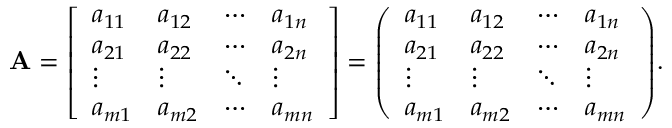
\mathbf { A } = { \left[ \begin{array} { l l l l } { a _ { 1 1 } } & { a _ { 1 2 } } & { \cdots } & { a _ { 1 n } } \\ { a _ { 2 1 } } & { a _ { 2 2 } } & { \cdots } & { a _ { 2 n } } \\ { \vdots } & { \vdots } & { \ddots } & { \vdots } \\ { a _ { m 1 } } & { a _ { m 2 } } & { \cdots } & { a _ { m n } } \end{array} \right] } = { \left( \begin{array} { l l l l } { a _ { 1 1 } } & { a _ { 1 2 } } & { \cdots } & { a _ { 1 n } } \\ { a _ { 2 1 } } & { a _ { 2 2 } } & { \cdots } & { a _ { 2 n } } \\ { \vdots } & { \vdots } & { \ddots } & { \vdots } \\ { a _ { m 1 } } & { a _ { m 2 } } & { \cdots } & { a _ { m n } } \end{array} \right) } .